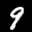
Label: 9